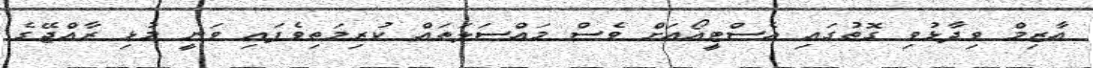
އާޒިމް ވިދާޅުވި ގޮތުގައި އެސްޓީއޯއަށް ވެސް މައްސަލަތައް ކުރިމަތިވެފައި ވަނީ މުޅި ރާއްޖޭގެ